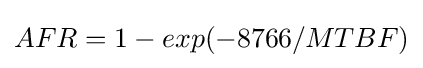
AFR=1-exp(-8766/MTBF)